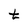
Character: t